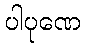
ပါပုဏေ